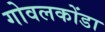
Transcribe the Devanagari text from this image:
गोवलकोंडा